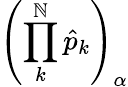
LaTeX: \left(\prod_{k}^{\mathbb{N}}\hat{{p}}_{k}\right)_{\alpha}